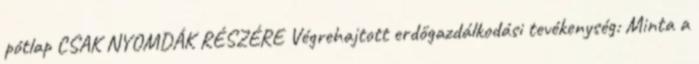
pótlap CSAK NYOMDÁK RÉSZÉRE Végrehajtott erdőgazdálkodási tevékenység: Minta a